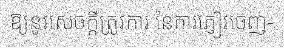
ឱ្យនូវសេចក្តីត្រូវការ នៃការភ្ញៀវចេញ-